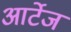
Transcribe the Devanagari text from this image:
आर्टेज